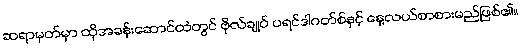
ဆရာမှတ်မှာ ထိုအခန်းဆောင်ထဲတွင် ဗိုလ်ချုပ် ပရင်ဒါဂတ်စ်နှင့် နေ့လယ်စာစားမည်ဖြစ်၏။